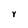
Character: Y